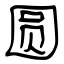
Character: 圆